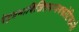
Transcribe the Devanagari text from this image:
देहप्रभाविजितमन्मथकोटिकान्तेः